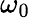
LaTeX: \omega_{0}